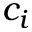
c _ { i }